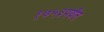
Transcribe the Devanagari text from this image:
१७५३पर्यंत